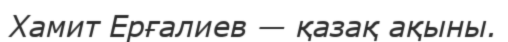
Хамит Ерғалиев — қазақ ақыны.